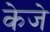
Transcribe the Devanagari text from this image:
केजे